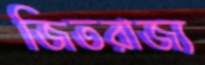
জিতরাজ্য